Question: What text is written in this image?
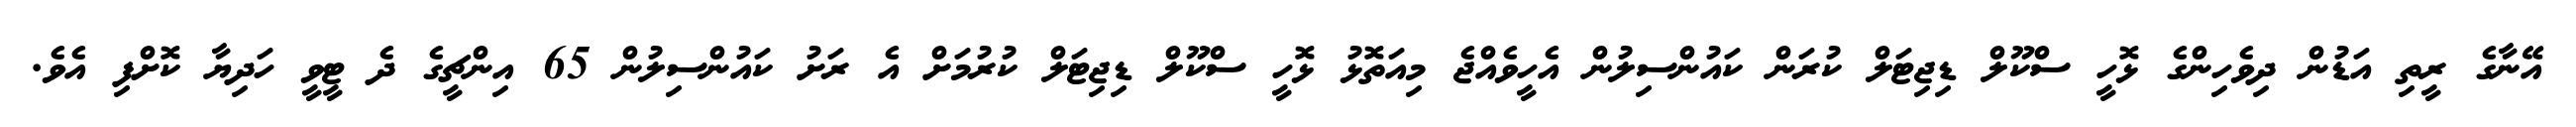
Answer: އޭނާގެ ރީތި އަޑުން ދިވެހިންގެ ޅޮހީ ސްކޫލް ޑިޖިޓަލް ކުރަން ކައުންސިލުން އެހީވެއްޖެ މިއަތޮޅު ޅޮހީ ސްކޫލް ޑިޖިޓަލް ކުރުމަށް އެ ރަށު ކައުންސިލުން 65 އިންޗީގެ ދެ ޓީވީ ހަދިޔާ ކޮށްފި އެވެ.